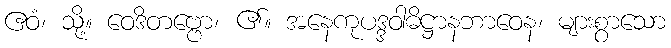
ဧဝံ၊ သို့။ ဝေဒိတဗ္ဗော၊ ၏။ အနေကုပဒ္ဒဝါဓိဋ္ဌာနဘာဝေန၊ များစွာသော